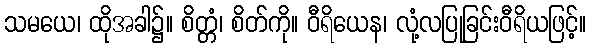
သမယေ၊ ထိုအခါ၌။ စိတ္တံ၊ စိတ်ကို။ ဝီရိယေန၊ လုံ့လပြုခြင်းဝီရိယဖြင့်။